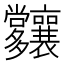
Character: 𡗑